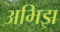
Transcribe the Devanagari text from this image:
अभिझ